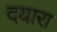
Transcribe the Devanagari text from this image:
दयारा